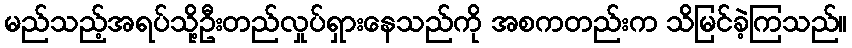
မည်သည့်အရပ်သို့ဦးတည်လှုပ်ရှားနေသည်ကို အစကတည်းက သိမြင်ခဲ့ကြသည်။